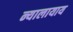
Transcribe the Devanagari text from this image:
न्यालायाय